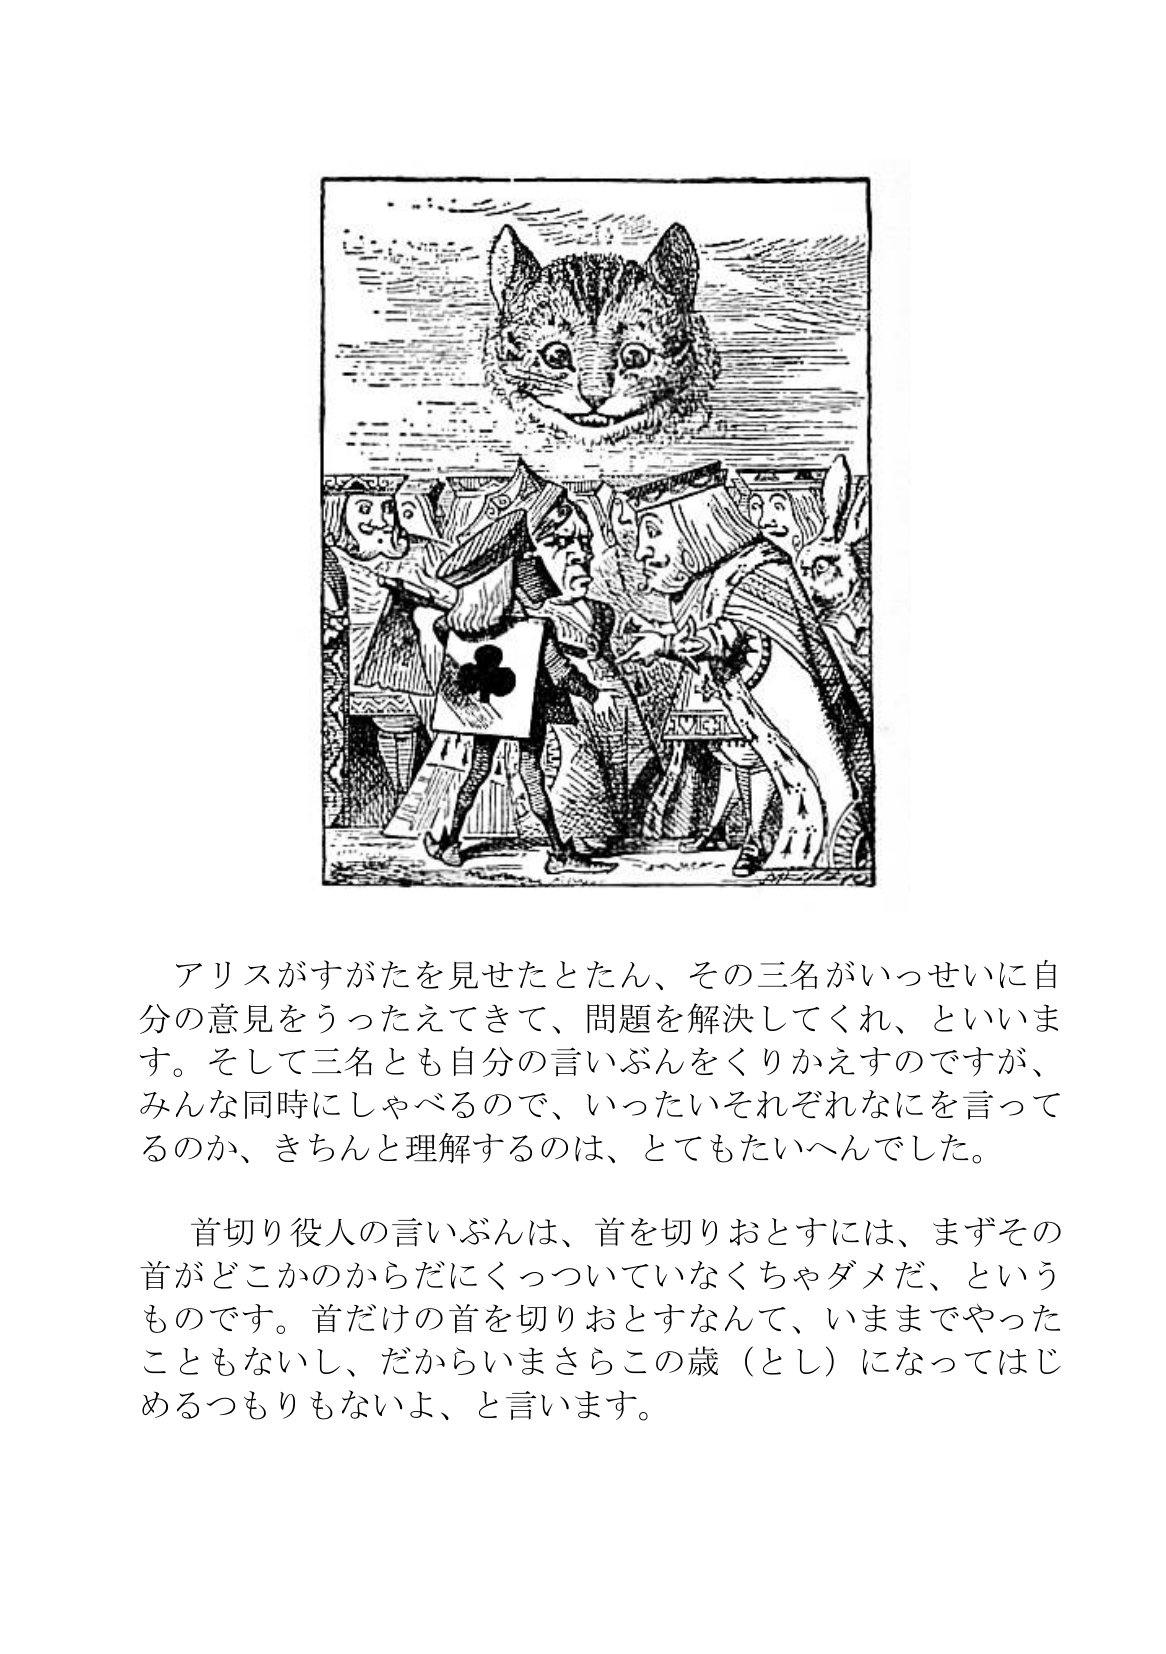
Language: ja